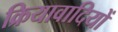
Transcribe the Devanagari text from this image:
क्रियावादियों